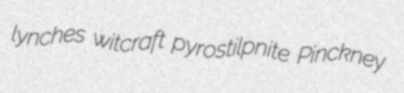
lynches witcraft pyrostilpnite Pinckney